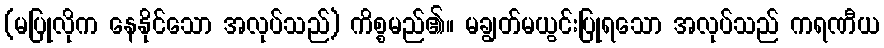
(မပြုလိုက နေနိုင်သော အလုပ်သည်) ကိစ္စမည်၏။ မချွတ်မယွင်းပြုရသော အလုပ်သည် ကရဏီယ